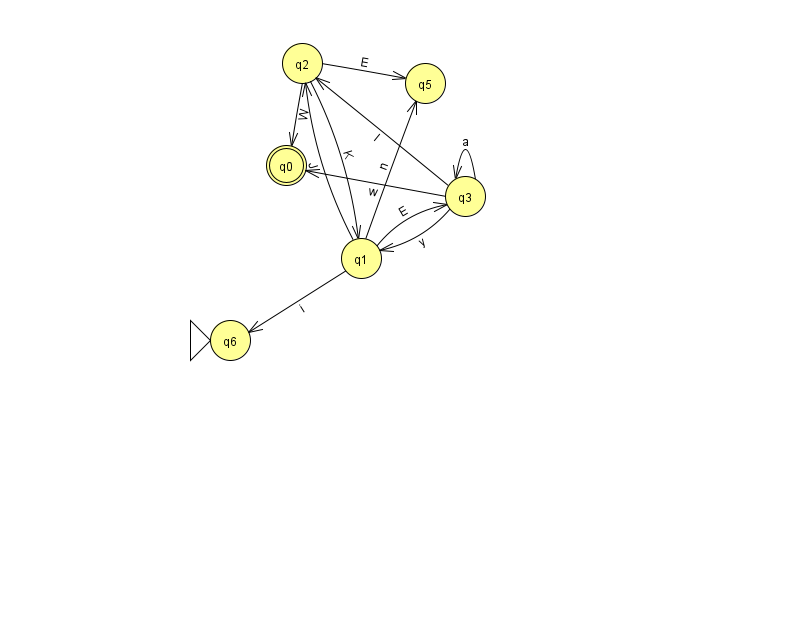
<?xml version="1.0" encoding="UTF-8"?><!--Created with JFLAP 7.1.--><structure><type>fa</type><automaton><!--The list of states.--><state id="0" name="q0"><x>286.0</x><y>152.0</y><final/></state><state id="1" name="q1"><x>361.0</x><y>245.0</y></state><state id="2" name="q2"><x>302.0</x><y>50.0</y></state><state id="3" name="q3"><x>465.0</x><y>183.0</y></state><state id="5" name="q5"><x>425.0</x><y>70.0</y></state><state id="6" name="q6"><x>230.0</x><y>327.0</y><initial/></state><!--The list of transitions.--><transition><from>3</from><to>3</to><read>a</read></transition><transition><from>1</from><to>3</to><read>E</read></transition><transition><from>1</from><to>6</to><read>i</read></transition><transition><from>2</from><to>5</to><read>E</read></transition><transition><from>1</from><to>5</to><read>n</read></transition><transition><from>2</from><to>0</to><read>W</read></transition><transition><from>3</from><to>1</to><read>y</read></transition><transition><from>3</from><to>2</to><read>l</read></transition><transition><from>1</from><to>2</to><read>J</read></transition><transition><from>2</from><to>1</to><read>K</read></transition><transition><from>3</from><to>0</to><read>w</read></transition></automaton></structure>